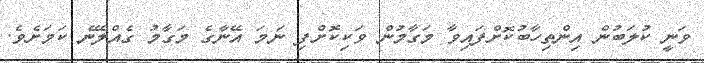
ވަނީ ކުލަބުން އިންތިހާބުކޮށްފައިވާ މަގާމުން ވަކިކޮށްފި ނަމަ އޭނާގެ މަގާމު ގެއްލޭނެ ކަމަށެވެ.